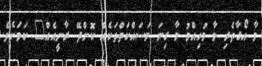
މާ އޯގާތެރި މާ މުހިއްމު މާ ގިނަ މަސައްކަތްތަކެއް ކޮށްދޭ ރާނީއެއް" ކަމަށެވެ.